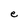
Character: e